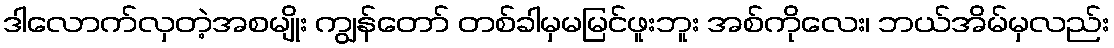
ဒါလောက်လှတဲ့အစမျိုး ကျွန်တော် တစ်ခါမှမမြင်ဖူးဘူး အစ်ကိုလေး၊ ဘယ်အိမ်မှလည်း